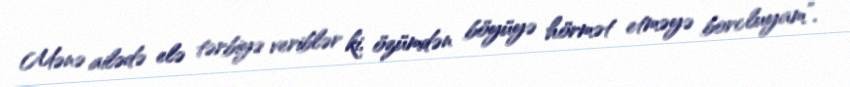
Mənə ailədə elə tərbiyə veriblər ki, özümdən böyüyə hörmət etməyə borcluyam”.